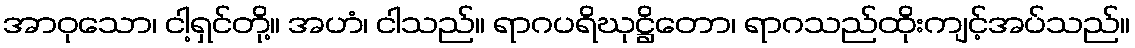
အာဝုသော၊ ငါ့ရှင်တို့။ အဟံ၊ ငါသည်။ ရာဂပရိဃုဋ္ဌိတော၊ ရာဂသည်ထိုးကျင့်အပ်သည်။